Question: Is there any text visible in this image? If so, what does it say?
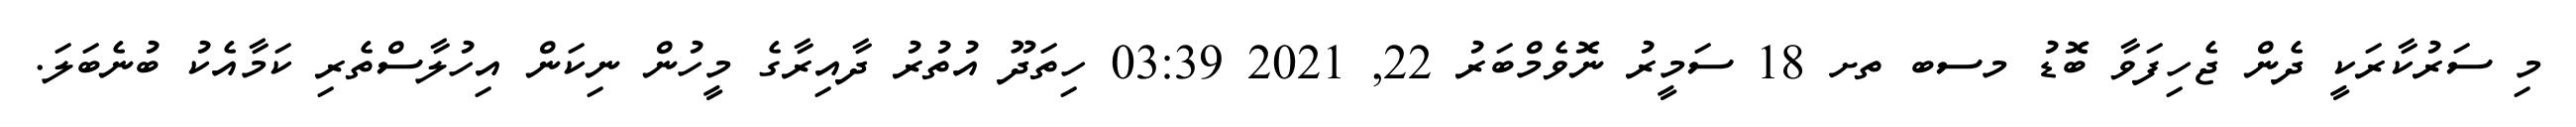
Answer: މި ސަރުކާރަކީ ދެން ޖެހިފަވާ ބޮޑު މސބ ތށ 18 ސަމީރު ނޮވެމްބަރު 22, 2021 03:39 ހިތަދޫ އުތުރު ދާއިރާގެ މީހުން ނިކަން އިހުލާސްތެރި ކަމާއެކު ބުނެބަލަ.